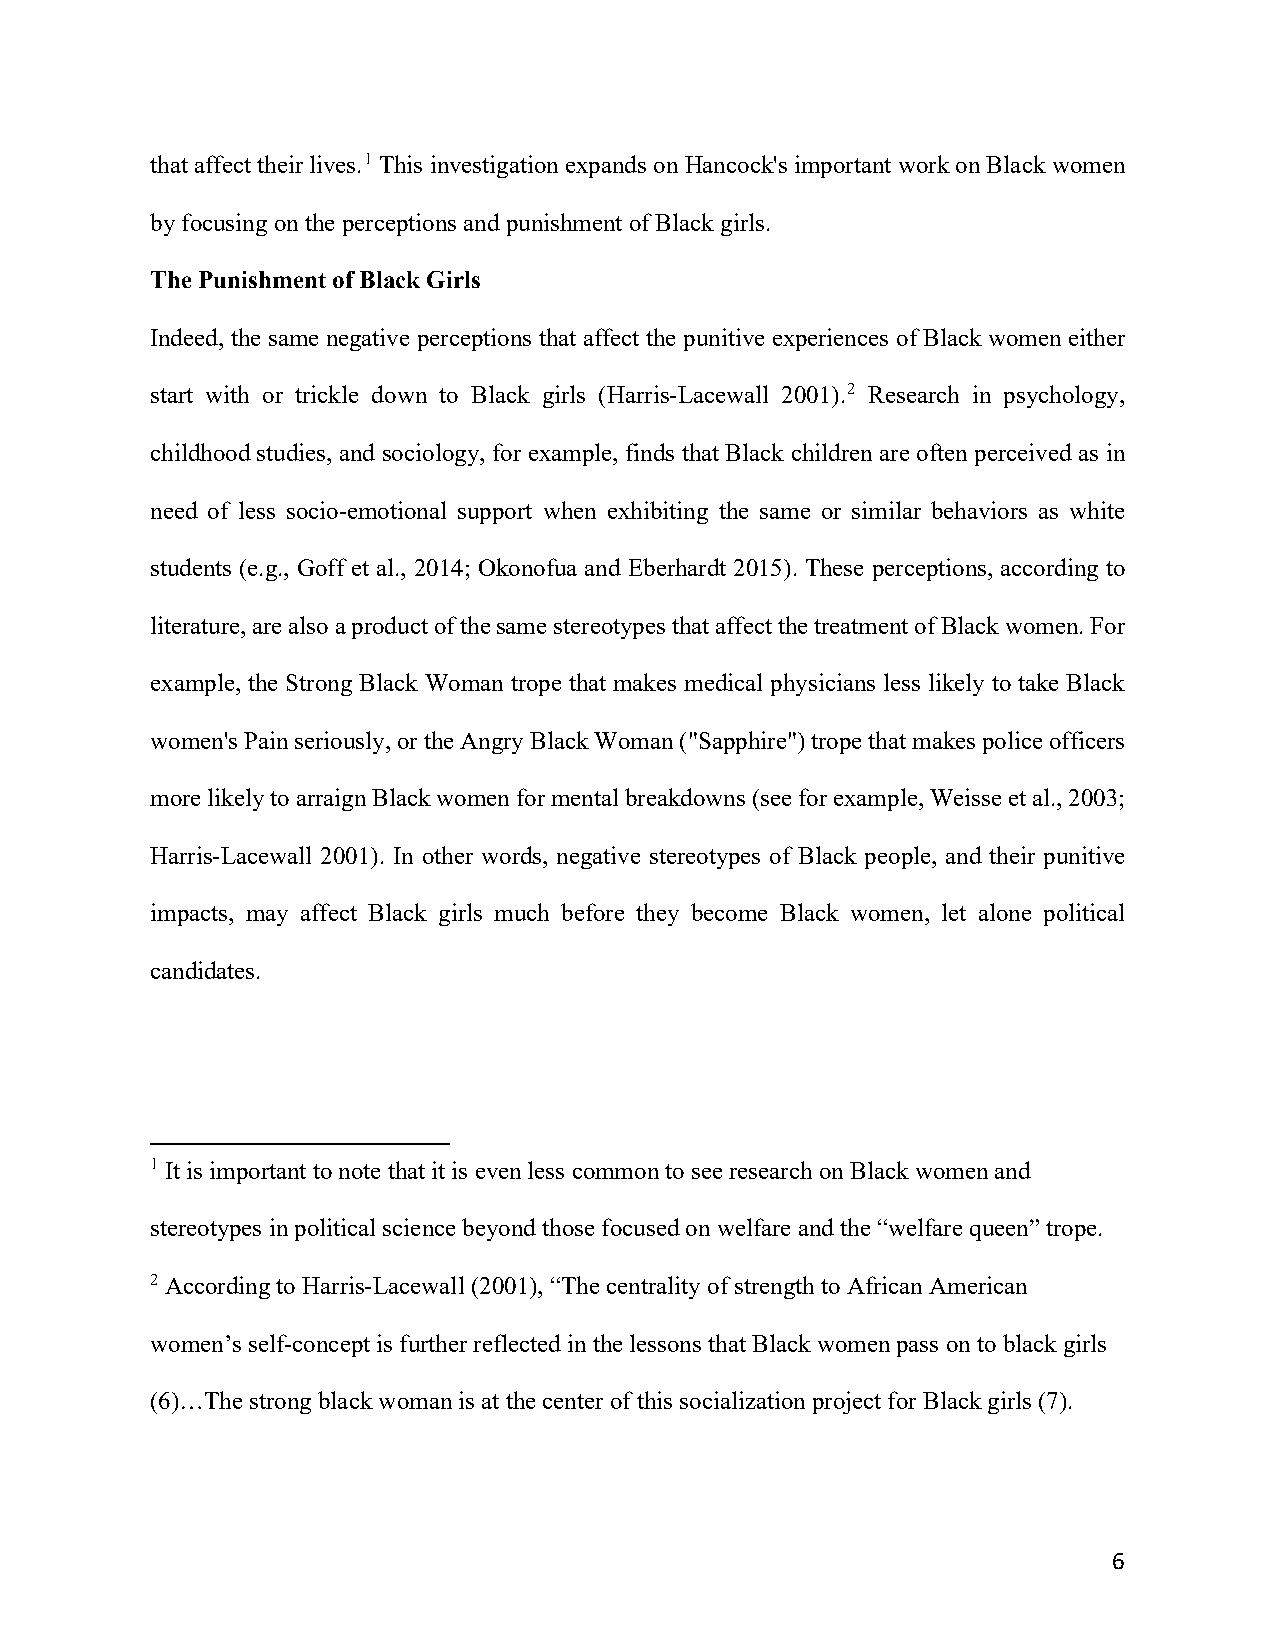
that affect their lives.1 This investigation expands on Hancock's important work on Black women
 by focusing on the perceptions and punishment of Black girls.
 The Punishment of Black Girls
 Indeed, the same negative perceptions that affect the punitive experiences of Black women either
 start with or trickle down to Black girls (Harris-Lacewall 2001).2 Research in psychology,
 childhood studies, and sociology, for example, finds that Black children are often perceived as in
 need of less socio-emotional support when exhibiting the same or similar behaviors as white
 students (e.g., Goff et al., 2014; Okonofua and Eberhardt 2015). These perceptions, according to
 literature, are also a product of the same stereotypes that affect the treatment of Black women. For
 example, the Strong Black Woman trope that makes medical physicians less likely to take Black
 women's Pain seriously, or the Angry Black Woman ("Sapphire") trope that makes police officers
 more likely to arraign Black women for mental breakdowns (see for example, Weisse et al., 2003;
 Harris-Lacewall 2001). In other words, negative stereotypes of Black people, and their punitive
 impacts, may affect Black girls much before they become Black women, let alone political
 candidates.
 1 It is important to note that it is even less common to see research on Black women and
 stereotypes in political science beyond those focused on welfare and the “welfare queen” trope.
 2 According to Harris-Lacewall (2001), “The centrality of strength to African American
 women’s self-concept is further reflected in the lessons that Black women pass on to black girls
 (6)…The strong black woman is at the center of this socialization project for Black girls (7).
 6